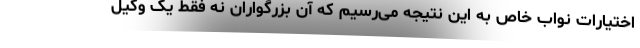
اختیارات نواب خاص به این نتیجه می‌رسیم که آن بزرگواران نه فقط یک وکیل